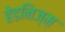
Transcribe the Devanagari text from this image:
हेडनिज्म़